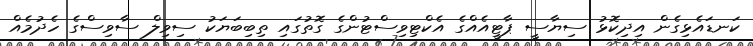
ކަނޑައެޅިގެން އިދިކޮޅު ސިޔާސީ ޕާޓީއެއްގެ އެކްޓިވިސްޓުންގެ ގޮތުގައި ތިބިބަޔަކު ސިވިލް ސާވިސްގެ ހެދުމެއް